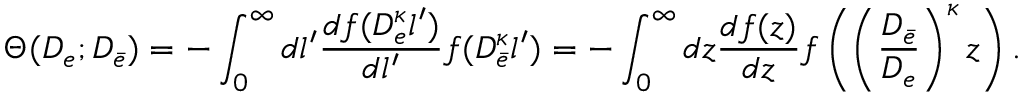
\Theta ( D _ { e } ; D _ { \bar { e } } ) = - \int _ { 0 } ^ { \infty } d l ^ { \prime } \frac { d f ( D _ { e } ^ { \kappa } l ^ { \prime } ) } { d l ^ { \prime } } f ( D _ { \bar { e } } ^ { \kappa } l ^ { \prime } ) = - \int _ { 0 } ^ { \infty } d z \frac { d f ( z ) } { d z } f \left( \left( \frac { D _ { \bar { e } } } { D _ { e } } \right) ^ { \kappa } z \right) .